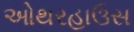
ઓથરહાઉસ